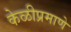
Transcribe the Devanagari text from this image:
केळीप्रमाणे